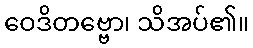
ဝေဒိတဗ္ဗော၊ သိအပ်၏။